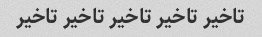
تاخیر تاخیر تاخیر تاخیر تاخیر